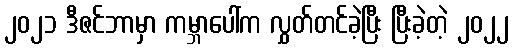
၂၀၂၁ ဒီဇင်ဘာမှာ ကမ္ဘာပေါ်က လွှတ်တင်ခဲ့ပြီး ပြီးခဲ့တဲ့ ၂၀၂၂